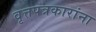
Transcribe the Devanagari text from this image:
वृत्तपत्रकारांना